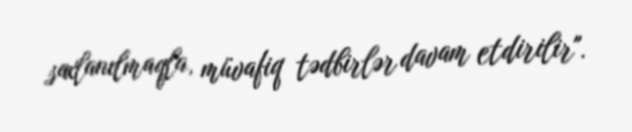
saxlanılmaqla, müvafiq tədbirlər davam etdirilir".